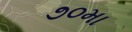
૭૦મા